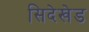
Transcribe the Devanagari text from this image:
सिदेखेड